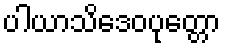
ပါယာသိဒေဝပုတ္တော